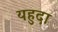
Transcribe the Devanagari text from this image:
यहुदा